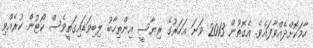
ހާމަކޮށްދެއްވާފައެވެ. އެގޮތުން 2013 ވަނަ އަހަރުގެ ރިޔާސީ އިންތިހާބު ލިބިވަޑައިގަތީވެސް ކޯޓުން ކުރެއްވި